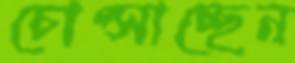
চোপ্‌সাচ্ছেন